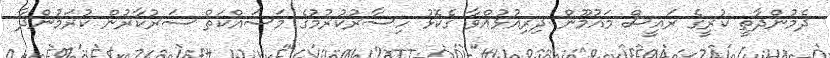
ދެމުންދާތީ ކުރީގެ ރައީސް މައުމޫން ދިރިއުޅުއްވާ ގެކޮޅު ހިސާރުކުރުމުގެ މަސައްކަތް ސަރުކާރުން ކުރަމުންދާ